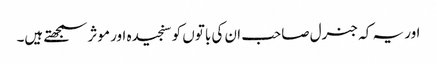
اور یہ کہ جنرل صاحب ان کی باتوں کو سنجیدہ اور موثر سمجھتے ہیں۔